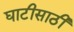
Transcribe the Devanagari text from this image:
घाटीसाठी